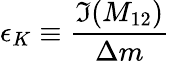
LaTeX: \epsilon_{K}\equiv\frac{\Im(M_{12})}{\Delta m}